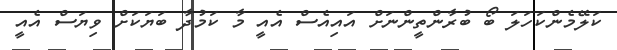
ކަލޭމެންކަހަލަ ބޯ ބުރާންތީންނަށް އައިއެސް އެއީ މާ ކަމުދާ ބަޔަކަށް ވިޔަސް އެއީ